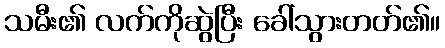
သမီး၏ လက်ကိုဆွဲပြီး ခေါ်သွားတတ်၏။